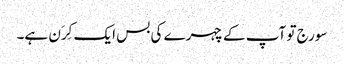
سورج تو آپ کے چہرے کی بس ایک کِرَن ہے۔